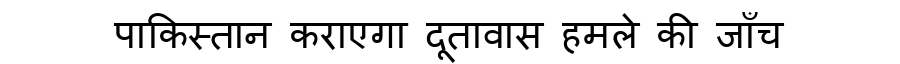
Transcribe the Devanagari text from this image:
पाकिस्तान कराएगा दूतावास हमले की जाँच